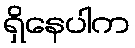
ရှိနေပါက